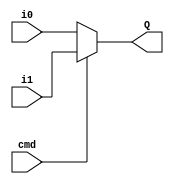
module mux2(cmd,i0,i1,Q);

	input cmd;
	input i0;
	input i1;
	output wire Q;
	//assign Q = ((i0 & ~(cmd)) | (i1 & cmd));
	assign Q= (cmd)? i1: i0;

	
	
endmodule